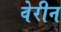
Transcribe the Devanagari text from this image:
वेरीन